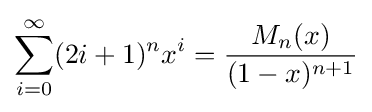
\sum _{i=0}^{\infty }(2i+1)^{n}x^{i}={\frac {M_{n}(x)}{(1-x)^{n+1}}}